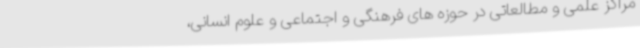
مراکز علمی و مطالعاتی در حوزه های فرهنگی و اجتماعی و علوم انسانی،